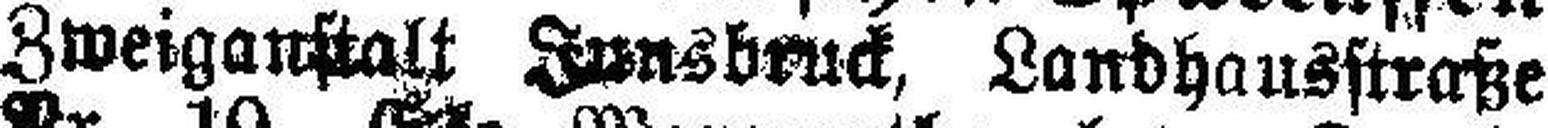
Zweiganstalt Innsbruck, Landhausstraße